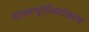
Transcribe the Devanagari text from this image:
पाश्र्वभूमीबरोबरच